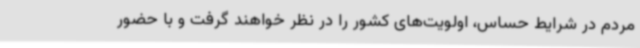
مردم در شرایط حساس، اولویت‌های کشور را در نظر خواهند گرفت و با حضور